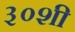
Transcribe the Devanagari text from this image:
३०शी